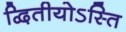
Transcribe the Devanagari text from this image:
द्वितीयोऽस्ति